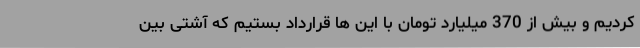
کردیم و بیش از 370 میلیارد تومان با این ها قرارداد بستیم که آشتی بین